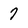
Character: 7